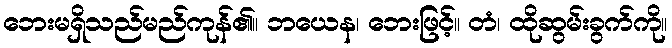
ဘေးမရှိသည်မည်ကုန်၏။ ဘယေန၊ ဘေးဖြင့်။ တံ၊ ထိုဆွမ်းခွက်ကို။